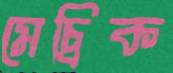
মেচ্রিক